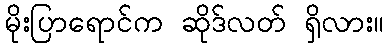
မိုးပြာရောင်က ဆိုဒ်လတ် ရှိလား။